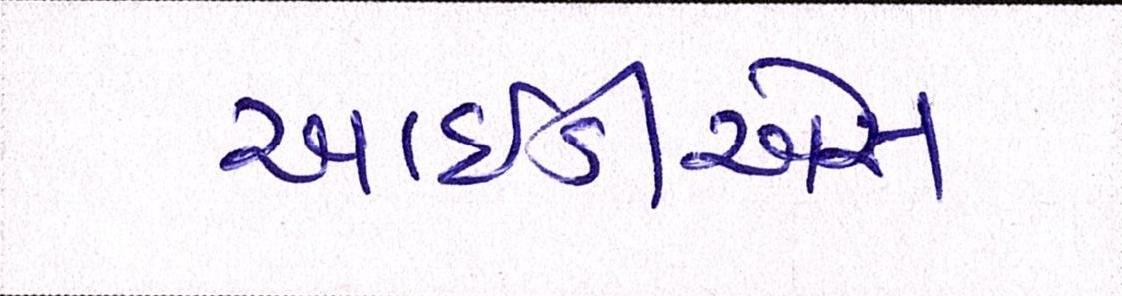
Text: આઈડીએસ